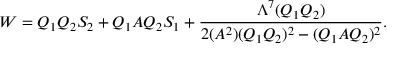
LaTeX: W = Q _ { 1 } Q _ { 2 } S _ { 2 } + Q _ { 1 } A Q _ { 2 } S _ { 1 } + \frac { \Lambda ^ { 7 } ( Q _ { 1 } Q _ { 2 } ) } { 2 ( A ^ { 2 } ) ( Q _ { 1 } Q _ { 2 } ) ^ { 2 } - ( Q _ { 1 } A Q _ { 2 } ) ^ { 2 } } .